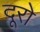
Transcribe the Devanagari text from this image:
दूरो